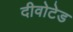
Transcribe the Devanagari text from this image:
दीवोटेड